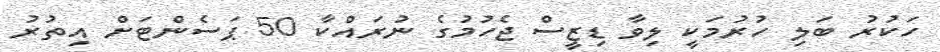
ހަކުރު ބަލި ހުރުމަކީ ލިވާ ޑިޒީސް ޖެހުމުގެ ނުރައްކާ 50 ޕަސެންޓަށް އިތުރު